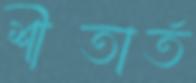
শীতার্ত